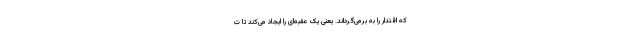
که اقتدار را به برمی‌گرداند. یعنی یک عقبه‌ای را ایجاد می‌کند تا ت